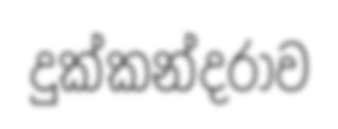
දුක්කන්දරාව